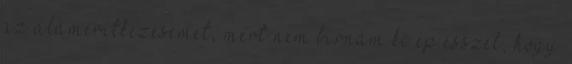
az alámerítkezésemet, mert nem bírnám ki ép ésszel, hogy